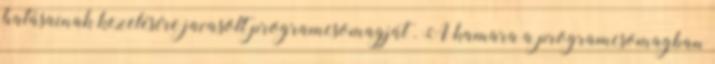
hatásainak kezelésére javasolt programcsomagját . A kamara a programcsomagban